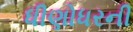
ધીણોધરની